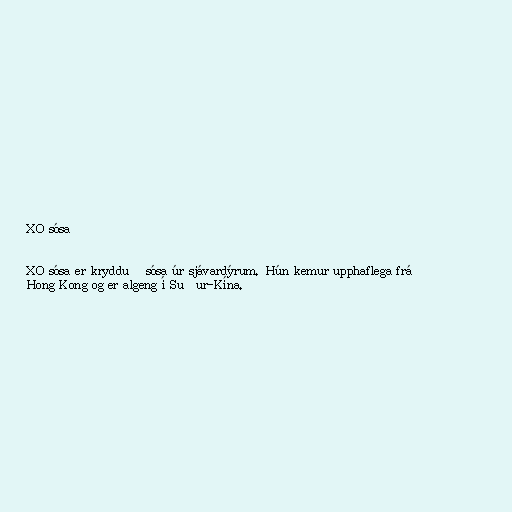
XO sósa

XO sósa er krydduð sósa úr sjávardýrum. Hún kemur upphaflega frá
Hong Kong og er algeng í Suður-Kína.